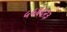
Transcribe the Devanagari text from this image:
५५६६२३